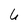
Character: U